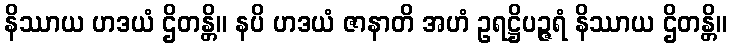
နိဿာယ ဟဒယံ ဌိတန္တိ။ နပိ ဟဒယံ ဇာနာတိ အဟံ ဥရဋ္ဌိပဉ္ဇရံ နိဿာယ ဌိတန္တိ။